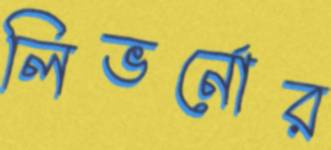
লিভর্নোর